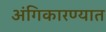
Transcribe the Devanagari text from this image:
अंगिकारण्यात